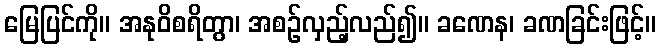
မြေပြင်ကို။ အနုဝိစရိတွာ၊ အစဉ်လှည့်လည်၍။ ခဏေန၊ ခဏခြင်းဖြင့်။